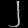
Digit: ၂